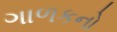
ગાળકનો